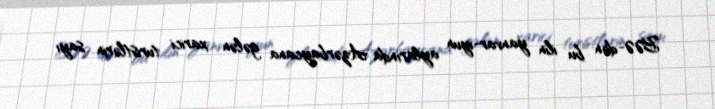
BƏƏ-dən bu ilin yanvar-iyun aylarında Azərbaycana gələn xarici turistlərin sayı